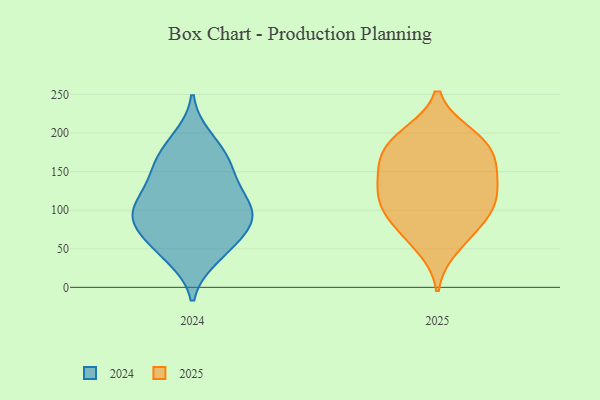
{"axis": {"x": "Market Share (%)", "y": "Value"}, "legend": ["2024", "2025"], "data": [{"x": "", "y": 49, "type": "2024"}, {"x": "", "y": 39, "type": "2024"}, {"x": "", "y": 121, "type": "2024"}, {"x": "", "y": 193, "type": "2024"}, {"x": "", "y": 109, "type": "2024"}, {"x": "", "y": 97, "type": "2024"}, {"x": "", "y": 125, "type": "2024"}, {"x": "", "y": 157, "type": "2024"}, {"x": "", "y": 181, "type": "2024"}, {"x": "", "y": 48, "type": "2024"}, {"x": "", "y": 100, "type": "2024"}, {"x": "", "y": 154, "type": "2024"}, {"x": "", "y": 88, "type": "2024"}, {"x": "", "y": 81, "type": "2024"}, {"x": "", "y": 158, "type": "2024"}, {"x": "", "y": 80, "type": "2024"}, {"x": "", "y": 81, "type": "2024"}, {"x": "", "y": 51, "type": "2025"}, {"x": "", "y": 105, "type": "2025"}, {"x": "", "y": 98, "type": "2025"}, {"x": "", "y": 154, "type": "2025"}, {"x": "", "y": 189, "type": "2025"}, {"x": "", "y": 142, "type": "2025"}, {"x": "", "y": 73, "type": "2025"}, {"x": "", "y": 198, "type": "2025"}, {"x": "", "y": 159, "type": "2025"}, {"x": "", "y": 196, "type": "2025"}, {"x": "", "y": 120, "type": "2025"}, {"x": "", "y": 112, "type": "2025"}, {"x": "", "y": 180, "type": "2025"}, {"x": "", "y": 78, "type": "2025"}, {"x": "", "y": 160, "type": "2025"}, {"x": "", "y": 121, "type": "2025"}]}